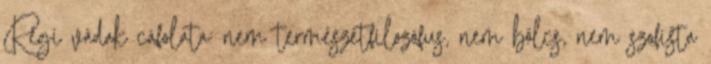
Régi vádak cáfolata: nem természetfilozófus, nem bölcs, nem szofista